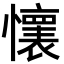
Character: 𫻘